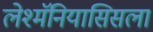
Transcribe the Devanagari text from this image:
लेश्मॅनियासिसला